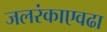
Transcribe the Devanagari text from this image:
जलरंकाएवढा